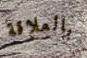
بالعلاقة